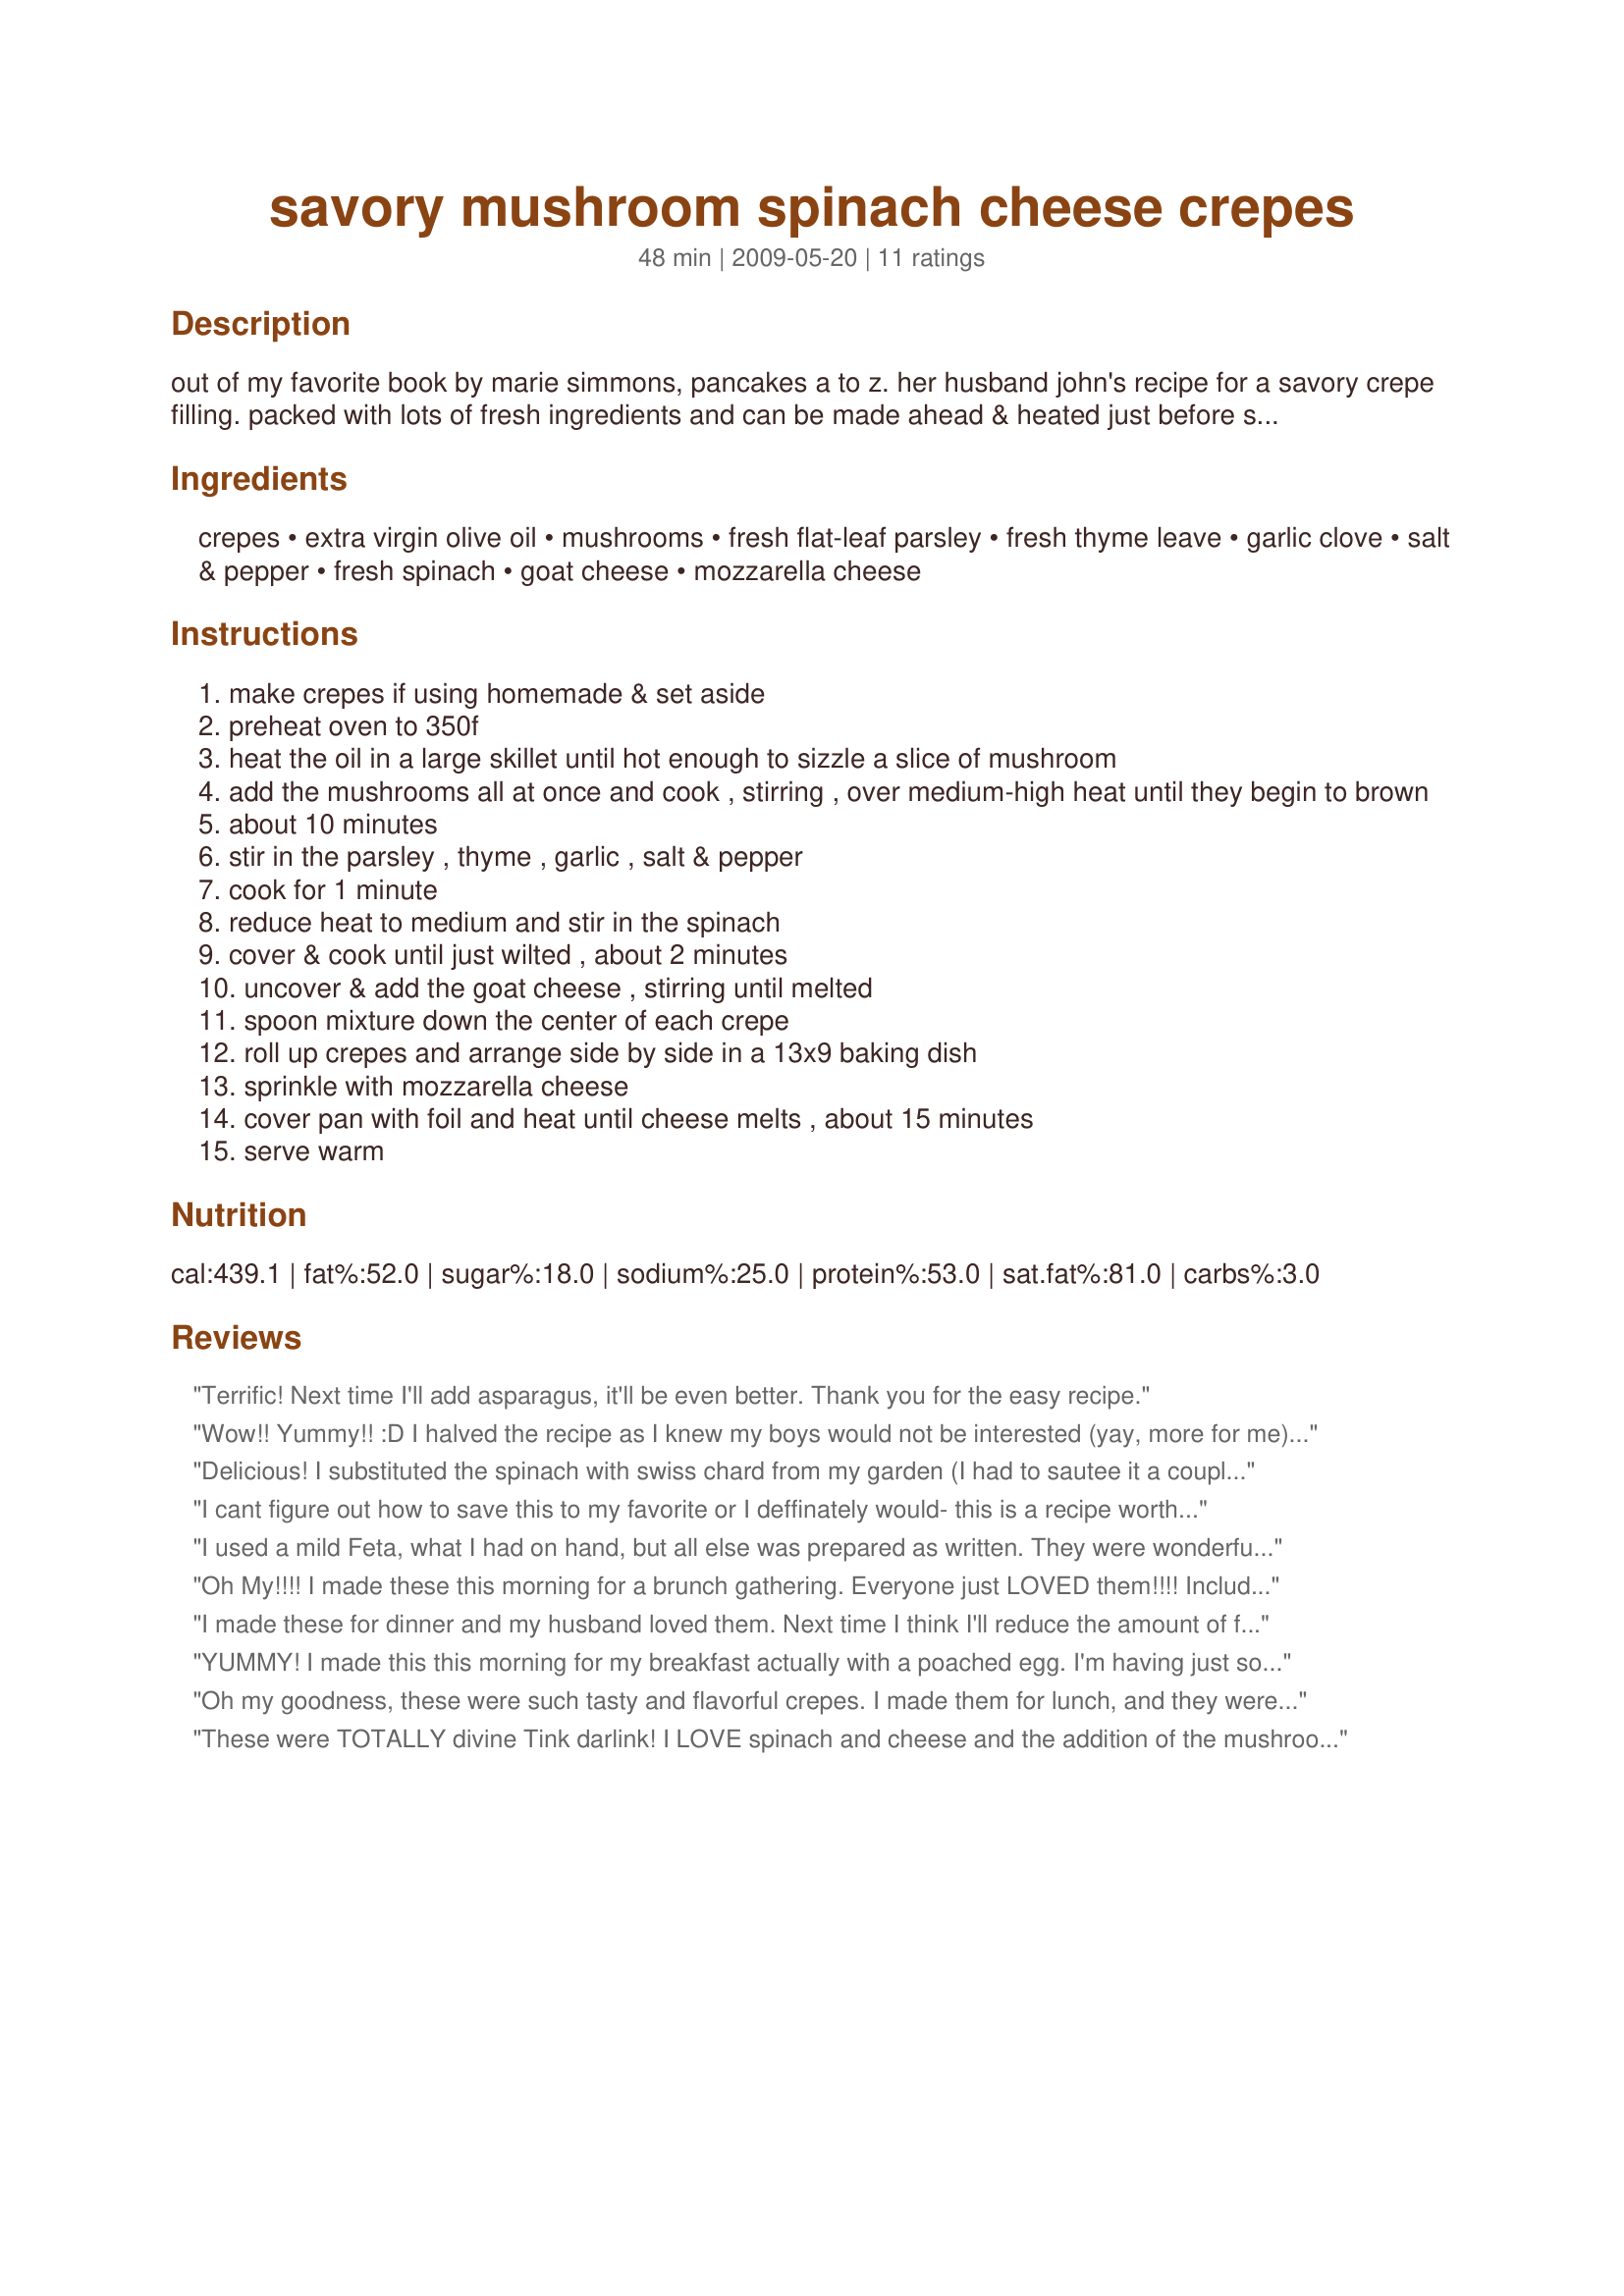
savory mushroom spinach cheese crepes
Preparation time: 48 minutes

out of my favorite book by marie simmons, pancakes a to z. her husband john's recipe for a savory crepe filling. packed with lots of fresh ingredients and can be made ahead & heated just before serving, making these crepes a perfect dish for company or a quick evening meal. posted for zaar world tour 5. prep time is an estimate & does not include making homemade crepes.

Ingredients:
crepes, extra virgin olive oil, mushrooms, fresh flat-leaf parsley, fresh thyme leave, garlic clove, salt & pepper, fresh spinach, goat cheese, mozzarella cheese

Steps:
make crepes if using homemade & set aside
preheat oven to 350f
heat the oil in a large skillet until hot enough to sizzle a slice of mushroom
add the mushrooms all at once and cook , stirring , over medium-high heat until they begin to brown
about 10 minutes
stir in the parsley , thyme , garlic , salt & pepper
cook for 1 minute
reduce heat to medium and stir in the spinach
cover & cook until just wilted , about 2 minutes
uncover & add the goat cheese , stirring until melted
spoon mixture down the center of each crepe
roll up crepes and arrange side by side in a 13x9 baking dish
sprinkle with mozzarella cheese
cover pan with foil and heat until cheese melts , about 15 minutes
serve warm

Reviews:
Terrific! Next time I'll add asparagus, it'll be even better. Thank you for the easy recipe.
Wow!! Yummy!! :D I halved the recipe as I knew my boys would not be interested (yay, more for me). So very very good, even the next day ! I used dried herbs as I didn't have fresh, increased the garlic because I love it. This will definitely be one of my easy go to recipes for my kid free weekends. I used Sunny Yukon's 'Anytime Crepes' Recipe #327593 for the crepes. Thanks so much for posting this wonderful recipe Tink!! Made & enjoyed for PAC Spring 2011 :)
Delicious! I substituted the spinach with swiss chard from my garden (I had to sautee it a couple minutes extra) and it was great. My only criticism is that the mozzerella isn't too exciting as a topping. Next time I'm going to try a hollandaise sauce on top.
I cant figure out how to save this to my favorite or I deffinately would- this is a recipe worth keeping!
I used a mild Feta, what I had on hand, but all else was prepared as written. They were wonderful. My husband actually asked me to make them again tomorrow. (A very rare sigh of delight that he does not give out just willy nelly.)
Oh My!!!! I made these this morning for a brunch gathering. Everyone just LOVED them!!!! Including me. There was 1 left over and a gal friend asked if she could take it home. I made my crepes from scratch. Much easier than I was expecting and very very good. Thank you Tink!!! I will make these again and again!!!
I made these for dinner and my husband loved them. Next time I think I'll reduce the amount of fresh parsley - as i feel it's taste was too strong. I also added a little cream and flour to thicken, which I used in hopes to tone down the parsley flavor. It's really an excellent quick meal, which I will make again and again.
YUMMY! I made this this morning for my breakfast actually with a poached egg. I'm having just soup for dinner, so I thought this would be nice. I did cheat and got some premade crepes. A local French market sells them frozen and they are actually very very good. I have made my own many times, but thought I would just take a short cut.<br/><br/>Excellent, loved the filling ... the goat cheese was a great flavor. Like French Tart, I too was out of mozzarella, but I had peccorino romano which worked just as well. But mozzarella would be also very nice.<br/><br/>I also made this for one of the ladies I cook for so she could have them for lunch. I made the filling, but removed it quickly after adding the spinach and gave her the goat cheese to add when she reheats the sauce. She said they came out wonderful. She reheated lightly in the micro, stuffed the crepes and then topped with cheese and in her toaster oven to melt. She absolutely loved them and asked for the recipe. She has medical reasons and can't cook much, but it able to warm things up and this she said was excellent.<br/><br/>They came out absolutely decadent and very good. and a must keep. I know a bit odd for breakfast, but almost like a spinach omelette ... The poached egg on the top was over the top. Breakfast lunch or dinner. What a nice recipe<br/>kim
Oh my goodness, these were such tasty and flavorful crepes. I made them for lunch, and they were just the thing to top off our afternoon. I went easy on the goat cheese but doubled the garlic (just to suit my family's taste preferences). And it was just perfect for us. We had a very pleasant lunch. Thanks **Tinkerbell**. Made for ZWT5.
These were TOTALLY divine Tink darlink! I LOVE spinach and cheese and the addition of the mushrooms and garlic was an extra layer of flavour for this delicious filling. I used local chevre cheese and I hope you don't mind, but I used one pink shallot with the garlic. I made my own French crepes in a special crepe pan, so they were quite large - 10" in diameter. The only other minor sub I made, was to sprinkle parmesan cheese over the top of the crepes as I had run out of mozzarella cheese! I served one per person as a light luncheon dish with French bread and a bowl of fresh salad. My finishing flourish was to sprinkle fresh thyme over the top of the crepes! AN amazing recipe and I can see myself using the filling for other recipes. Made for 5 a Day in the Photo's forum and SAVED for the future! Merci, FT:-)
I made these today for a brunch today.I made a double batch so there would be extras. They were delicious. everyone liked them a a few people asked to take leftovers home. I will have the last 2 for lunch tomorrow. They are hidden in the back of the refrigerator so no one eats them. I will defininatly make them again.
